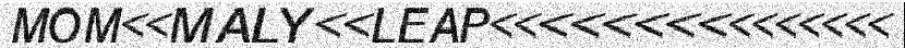
MOM<<MALY<<LEAP<<<<<<<<<<<<<<<